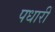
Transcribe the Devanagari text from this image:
पधारीं